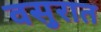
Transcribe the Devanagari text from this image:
वसुरात